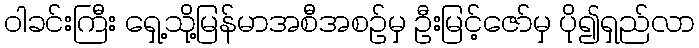
ဝါခင်းကြီး ရှေ့သို့မြန်မာအစီအစဉ်မှ ဦးမြင့်ဇော်မှ ပို၍ရှည်လာ